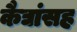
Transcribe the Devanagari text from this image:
कैद्यांसह